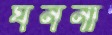
ঘননা